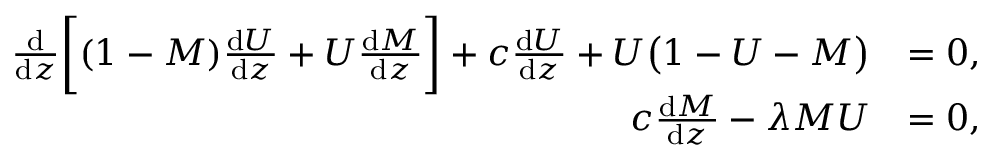
\begin{array} { r l } { \frac { \mathrm { d } } { \mathrm { d } z } \bigg [ ( 1 - M ) \frac { \mathrm { d } U } { \mathrm { d } z } + U \frac { \mathrm { d } M } { \mathrm { d } z } \bigg ] + c \frac { \mathrm { d } U } { \mathrm { d } z } + U \big ( 1 - U - M \big ) } & { = 0 , } \\ { c \frac { \mathrm { d } M } { \mathrm { d } z } - \lambda M U } & { = 0 , } \end{array}